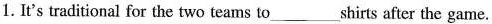
1. It's traditional for the two teams to___shirts after the game.